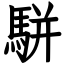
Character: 駢